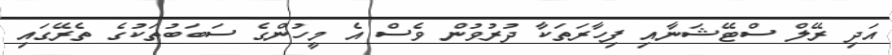
އަދި ރޭލް ސްޓޭޝަނާއި ފިހާރަތަކާ ދުރުވުން ވެސް އެ މީހުންގެ ސަބަބުތަކުގެ ތެރޭގައި